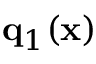
{ \bf q } _ { 1 } ( { \bf x } )